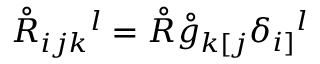
\mathring { R } _ { i j k } { } ^ { l } = \mathring { R } \mathring { g } _ { k [ j } \delta _ { i ] } { } ^ { l }